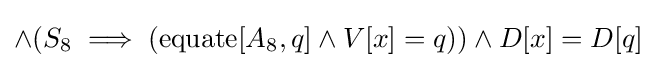
\land (S_{8}\implies (\operatorname {equate} [A_{8},q]\land V[x]=q))\land D[x]=D[q]